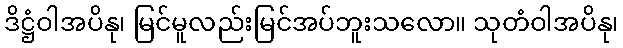
ဒိဋ္ဌံဝါအပိနု၊ မြင်မူလည်းမြင်အပ်ဘူးသလော။ သုတံဝါအပိနု၊